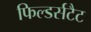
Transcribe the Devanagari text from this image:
फिल्डर्सटैट